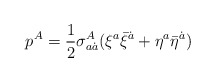
\begin{align*}p^A=\frac 12 \sigma _{a\dot a}^A(\xi ^a\bar \xi ^{\dot a}+\eta^a\bar \eta ^{\dot a})\end{align*}